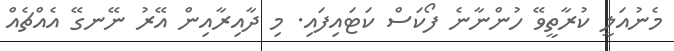
މެނުއަލީ ކުރާތީވޭ ހުންނާނެ ފޯކަސް ކަޓައިފައި. މި ދާއިރާއިން އޭރު ނޭނގޭ އެއްޗެއް